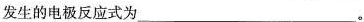
发生的电极反应式为___。